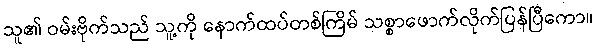
သူ၏ ဝမ်းဗိုက်သည် သူ့ကို နောက်ထပ်တစ်ကြိမ် သစ္စာဖောက်လိုက်ပြန်ပြီကော။